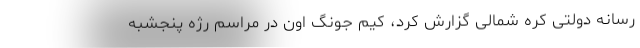
رسانه دولتی کره شمالی گزارش کرد، کیم جونگ اون در مراسم رژه پنجشبه